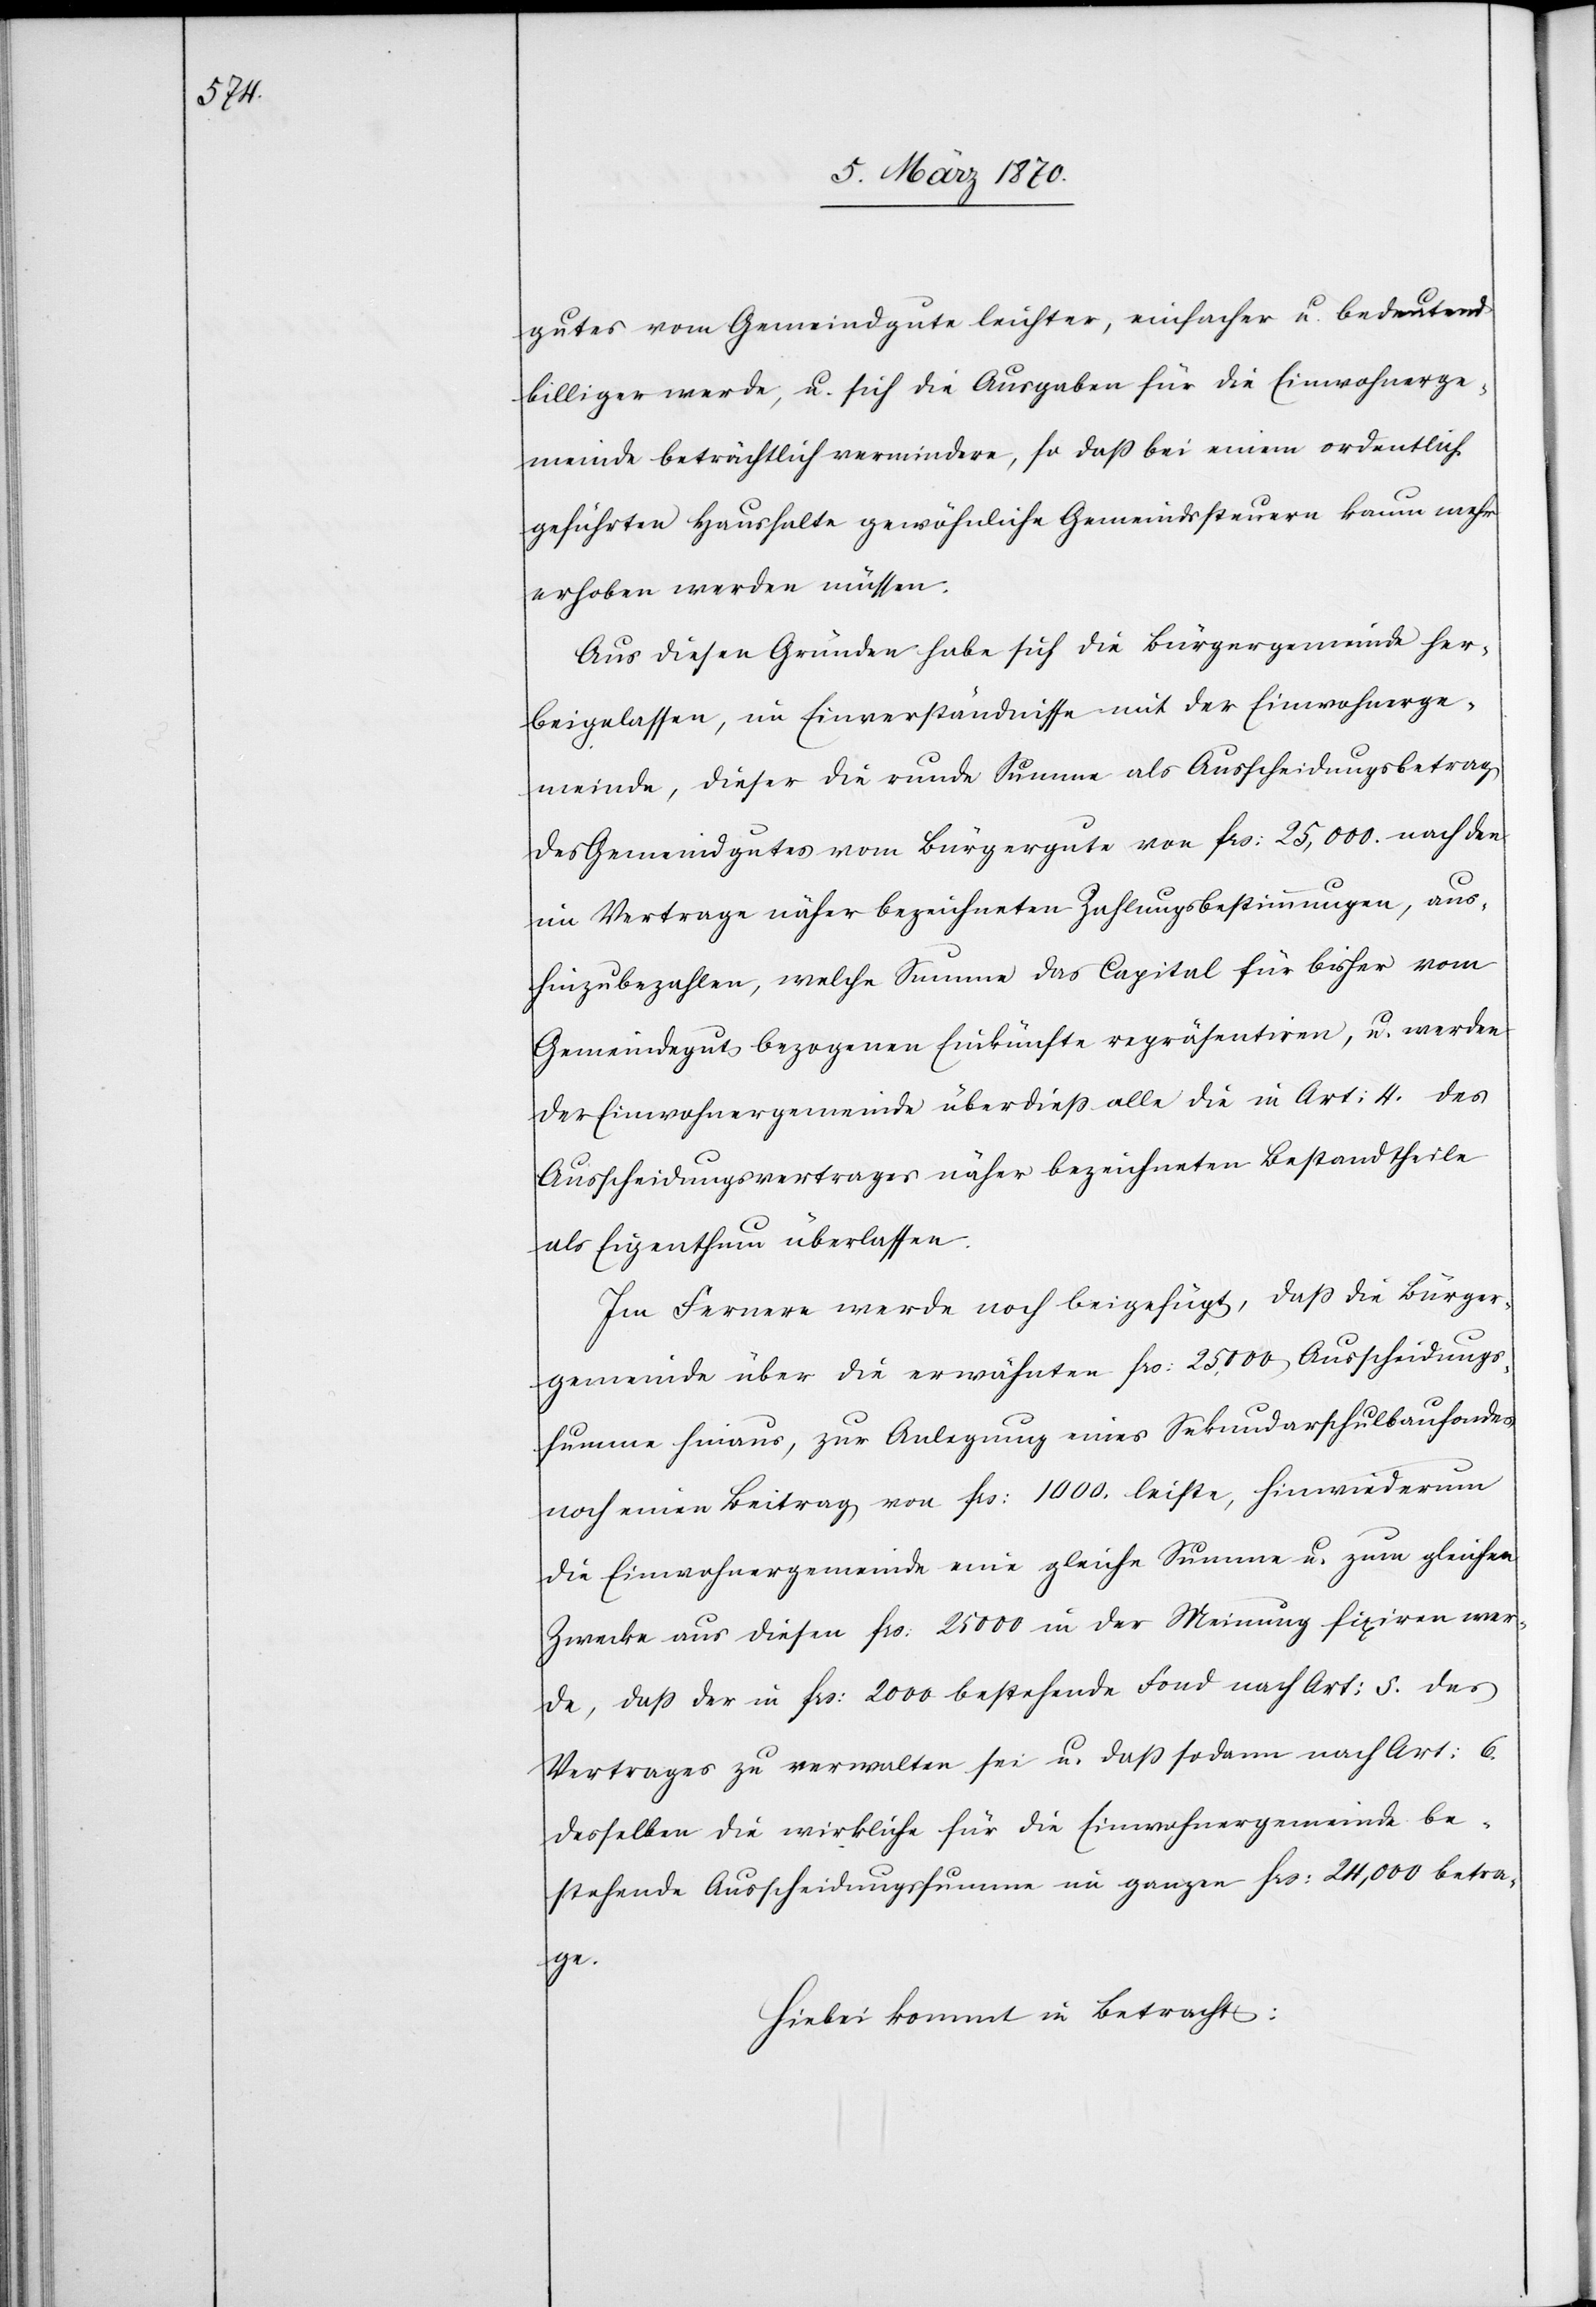
gutes vom Gemeindgute leichter, einfacher u. bedeutend
billiger werde, u. sich die Ausgaben für die Einwohnerge¬
meinde beträchtlich vermindern, so daß bei einem ordentlich
geführten Haushalte gewöhnliche Gemeindssteuern kaum mehr
erhoben werden müßen.
Aus diesen Gründen habe sich die Bürgergemeinde her¬
beigelassen, im Einverständnisse mit der Einwohnerge¬
meinde, dieser die runde Summe als Ausscheidungsbetrag
des Gemeindgutes vom Bürgergute von frs: 25,000. nach den
im Vertrage näher bezeichneten Zahlungsbestimmungen, aus¬
hinzubezahlen, welche Summe das Capital für bisher vom
Gemeindegut bezogenen Einkünfte repräsentiren, u. werden
der Einwohnergemeinde überdieß alle die in Art: 4. des
Ausscheidungsvertrages näher bezeichneten Bestandtheile
als Eigenthum überlassen.
Im Fernere[n] werde noch beigefügt, daß die Bürger¬
gemeinde über die erwähnten frs: 25,000 Ausscheidungs¬
summe hinaus, zur Anlegung eines Sekundarschulbaufondes
noch einen Beitrag von frs. 1000. leiste, hinwiederum
die Einwohnergemeinde eine gleiche Summe u. zum gleichen
Zwecke aus aus diesen frs: 25 000 in der Meinung fixiren wer¬
de, daß der in frs: 2000 bestehende Fond nach Art: 5. des
Vertrages zu verwalten sei u. daß sodann nach Art: 6.
desselben die wirkliche für die Einwohnergemeinde be¬
stehende Ausscheidungssumme im ganzen frs: 24,000 betra¬
ge.
Hiebei kommt in Betracht: